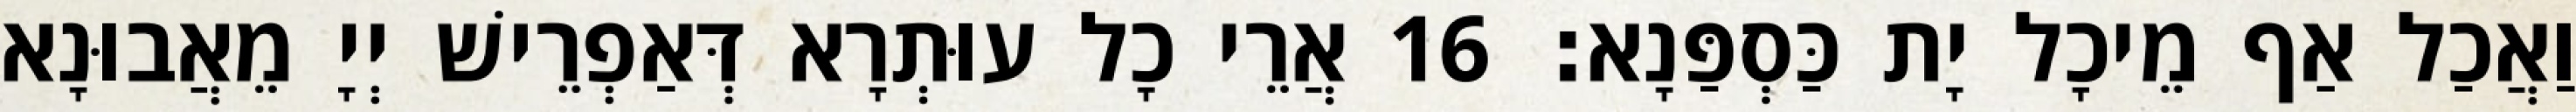
וַאֲכַל אַף מֵיכָל יָת כַּסְפַּנָא׃ 16 אֲרֵי כָל עוּתְרָא דְּאַפְרֵישׁ יְיָ מֵאֲבוּנָא